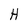
Character: H